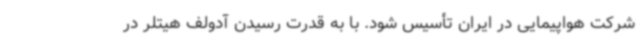
شرکت هواپیمایی در ایران تأسیس شود. با به قدرت رسیدن آدولف هیتلر در